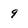
Character: 9